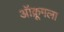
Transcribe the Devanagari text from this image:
ऑक्रूगला